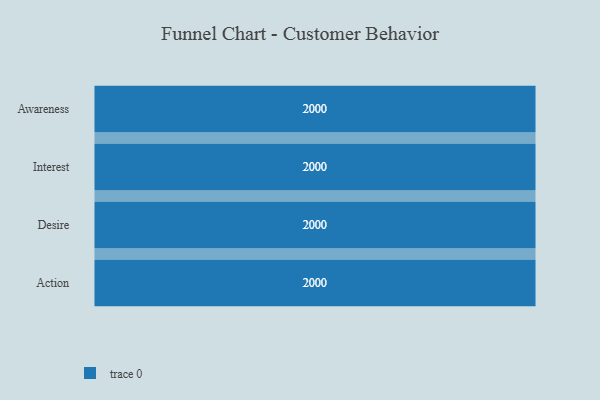
{"axis": {"x": "Stage", "y": "Value"}, "legend": [""], "data": [{"x": "Awareness", "y": 2000, "type": ""}, {"x": "Interest", "y": 2000, "type": ""}, {"x": "Desire", "y": 2000, "type": ""}, {"x": "Action", "y": 2000, "type": ""}]}